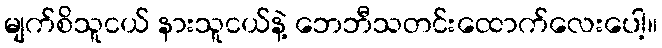
မျက်စိသူငယ် နားသူငယ်နဲ့ ဘေဘီသတင်းထောက်လေးပေါ့။